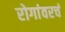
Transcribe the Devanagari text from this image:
रोगांवरचं